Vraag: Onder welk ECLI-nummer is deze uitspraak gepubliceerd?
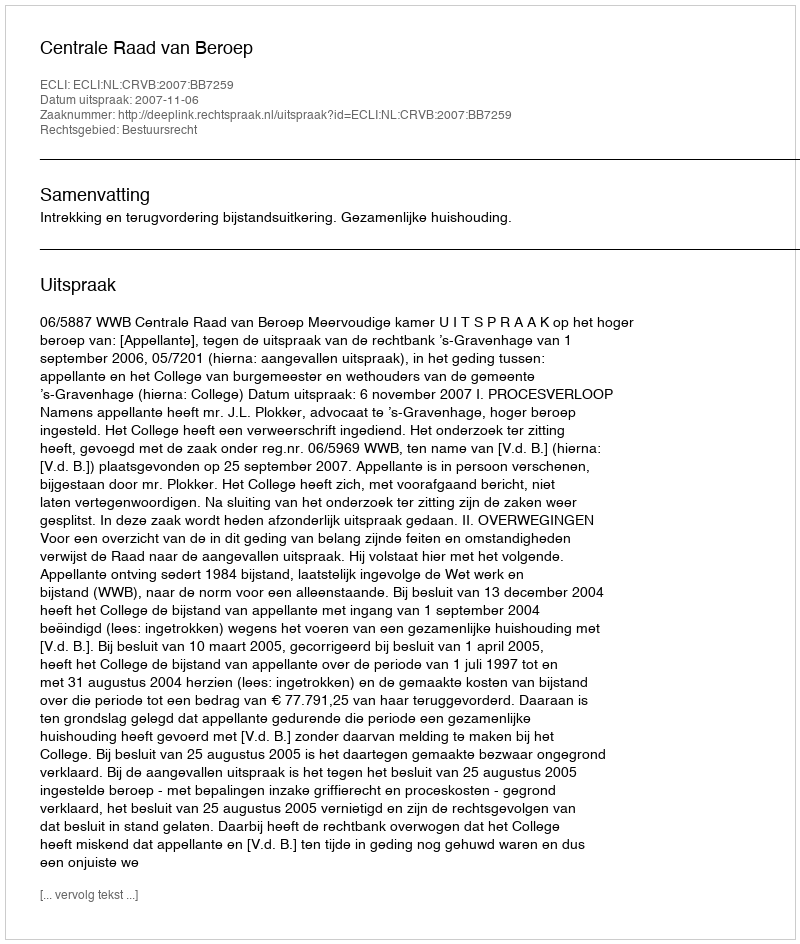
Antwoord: ECLI:NL:CRVB:2007:BB7259